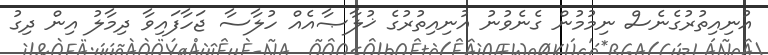
އުނިއިތުރުގެނެސް ނިމުމުން ގެނެވުނު އުނިއިތުރުގެ ޚުލާޞާއެއް ހުލާސާ ޖަހާފައިވާ ދިމާލު އިން ދިގު